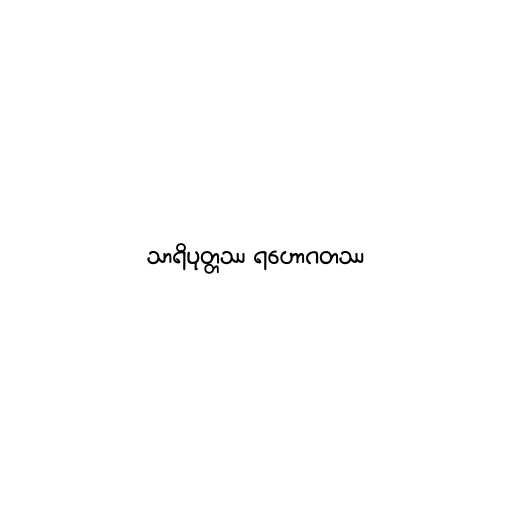
သာရိပုတ္တဿ ရဟောဂတဿ